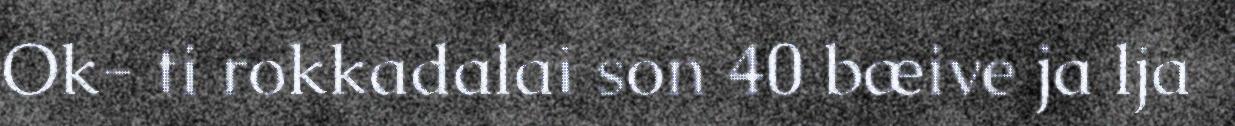
Ok- ti rokkadalai son 40 bæive ja lja